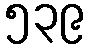
၅၃၉